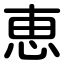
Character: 恵